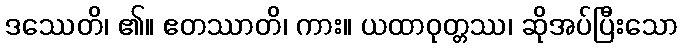
ဒဿေတိ၊ ၏။ ဧတဿာတိ၊ ကား။ ယထာဝုတ္တဿ၊ ဆိုအပ်ပြီးသော